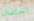
احتفال